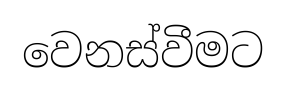
වෙනස්වීමට